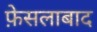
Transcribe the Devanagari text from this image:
फ़ेसलाबाद